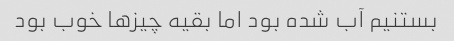
بستنیم آب شده بود اما بقیه چیزها خوب بود